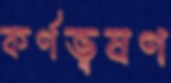
কর্ণভূষণ